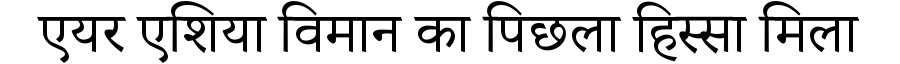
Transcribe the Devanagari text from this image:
एयर एशिया विमान का पिछला हिस्सा मिला